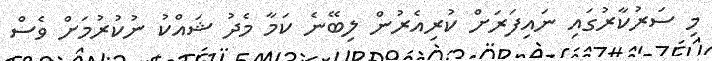
މި ސަރުކާރުގައި ނައިފަރަށް ކުރިއެރުން ލިބޭނެ ކަމާ މެދު ޝައްކު ނުކުރުމަށް ވެސް